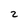
Character: 2